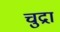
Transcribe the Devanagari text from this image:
चुद्रा